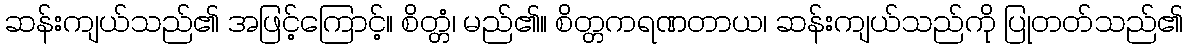
ဆန်းကျယ်သည်၏ အဖြင့်ကြောင့်။ စိတ္တံ၊ မည်၏။ စိတ္တကရဏတာယ၊ ဆန်းကျယ်သည်ကို ပြုတတ်သည်၏